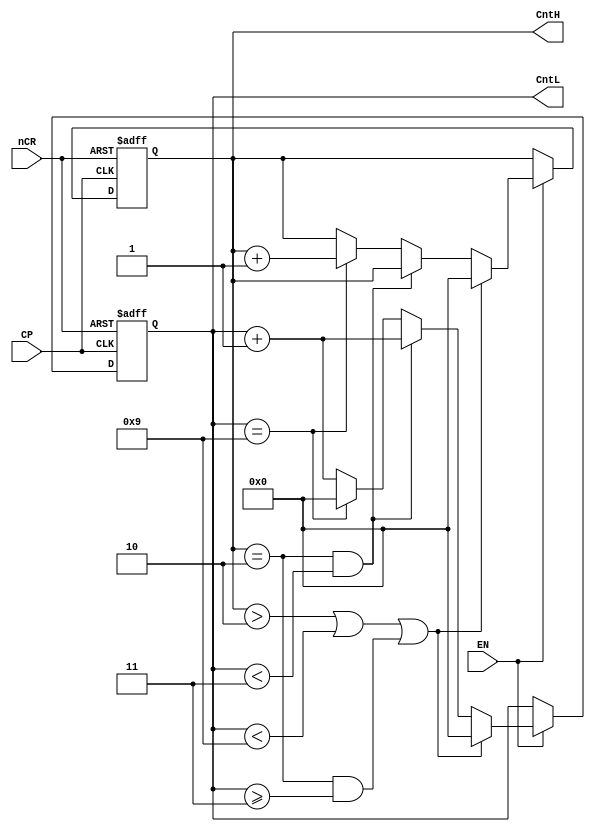

//counter24
module counter24(CntH,CntL,nCR,EN,CP);
	input CP,nCR,EN;		//clock-CP,clear-nCR,EN
	output [3:0] CntH,CntL;	//hour counter, tens digit, ones digit
	reg [3:0]  CntH,CntL;
	
	always@(posedge CP or negedge nCR)
	begin
		if(~nCR)
			{CntH,CntL}<=8'h00;   // asynchronous clear
		else if (~EN) 
			{CntH,CntL}<={CntH,CntL};// 
		else if ((CntH>2)||(CntL<9)||((CntH==2)&&(CntL>=3)))
			{CntH,CntL}<=8'h00;   //action to counter errors
		else if ((CntH==2)&&(CntL<3))
			begin
				CntH<=CntH;
				CntL<=CntL+1'b1;
			end
		else if (CntL==9)
			begin
				CntH<=CntH+1'b1;
				CntL<=4'b00;
			end
		else 
			begin
				CntH<=CntH;
				CntL<=CntL+1'b1;
			end	
	end
endmodule 


module counter60(Cnt,nCR,EN,CP);
	input nCR,EN,CP;
	output [7:0] Cnt;
	wire [7:0] Cnt;	
	wire ENP;
	counter10 U0(Cnt[3:0],nCR,EN,CP);
	counter6  U1(Cnt[7:4],nCR,EN,ENP);
	assign ENP=(Cnt[3:0]==4'h9);
	
endmodule

//counter6
module counter6(Q,nCR,EN,CP);
	input nCR,EN,CP;
	output [3:0] Q;
	reg	[3:0] Q;
	
	always @(posedge CP or negedge nCR)
	begin
		if (~nCR)	Q<=4'b00;   //Asynchronous clear
		else if(~EN) Q<=Q;		//counting pause
		else if(Q==4'b0101)
			Q<=4'B00;	
		else 
			Q<=Q+1'b1;			//counter+1	
	end
endmodule


//counter10
module counter10(Q,nCR,EN,CP);
	input nCR,EN,CP;
	output [3:0] Q;
	reg	[3:0] Q;
	
	always @(posedge CP or negedge nCR)
	begin
		if (~nCR)	Q<=4'b00;   //Asynchronous clear
		else if(~EN) Q<=Q;		//counting pause
		else if(Q==4'b1001)
			Q<=4'B00;	
		else 
			Q<=Q+1'b1;			//counter+1	
	end
endmodule